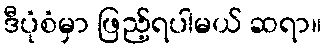
ဒီပုံစံမှာ ဖြည့်ရပါမယ် ဆရာ။